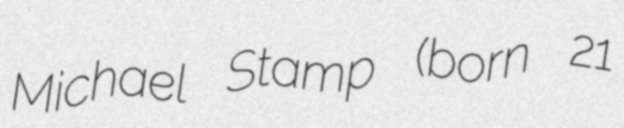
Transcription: Michael Stamp (born 21